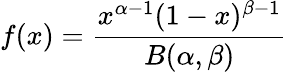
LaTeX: f(x)={\frac{x^{\alpha-1}(1-x)^{\beta-1}}{B(\alpha,\beta)}}